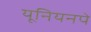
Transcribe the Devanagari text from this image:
यूनियनपे